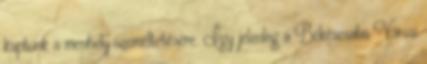
kaptunk a menhely üzemeltetésére. Így jelenleg a Békéscsaba Városi